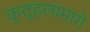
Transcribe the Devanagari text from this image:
कुतूहलामागे